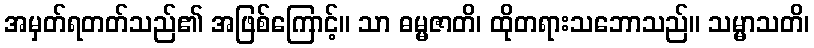
အမှတ်ရတတ်သည်၏ အဖြစ်ကြောင့်။ သာ ဓမ္မဇာတိ၊ ထိုတရားသဘောသည်။ သမ္မာသတိ၊